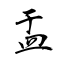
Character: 盂